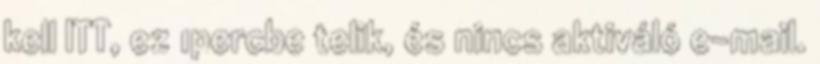
kell ITT, ez 1percbe telik, és nincs aktiváló e-mail.